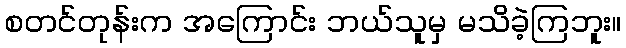
စတင်တုန်းက အကြောင်း ဘယ်သူမှ မသိခဲ့ကြဘူး။